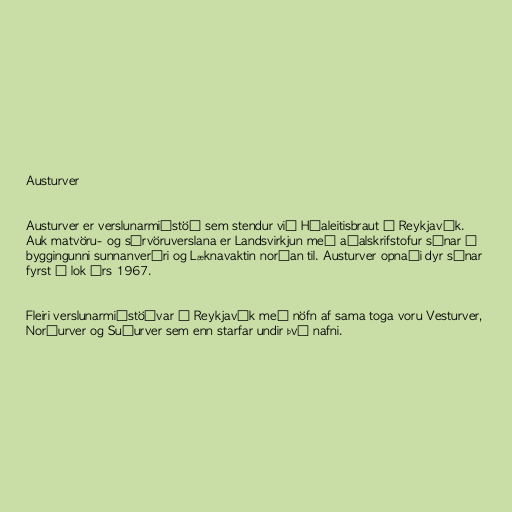
Austurver

Austurver er verslunarmiðstöð sem stendur við Háaleitisbraut í Reykjavík.
Auk matvöru- og sérvöruverslana er Landsvirkjun með aðalskrifstofur sínar í
byggingunni sunnanverðri og Læknavaktin norðan til. Austurver opnaði dyr sínar
fyrst í lok árs 1967.

Fleiri verslunarmiðstöðvar í Reykjavík með nöfn af sama toga voru Vesturver,
Norðurver og Suðurver sem enn starfar undir því nafni.